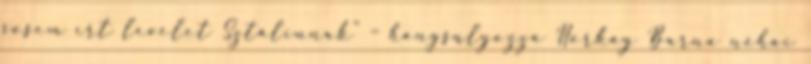
sosem írt levelet Sztálinnak" – hangsúlyozza Horkay Barna néhai